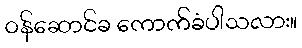
ဝန်ဆောင်ခ ကောက်ခံပါသလား။